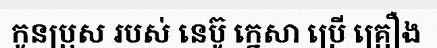
កូនប្រុស របស់ នេប៊ូ ក្នេសា ប្រើ គ្រឿង